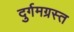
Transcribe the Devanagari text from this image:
दुर्गमग्रस्त